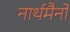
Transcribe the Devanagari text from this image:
नार्थमैनों